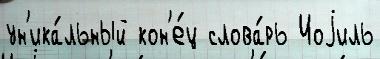
ун'ика́льный кон'е́ц слова́рь Иоjиль